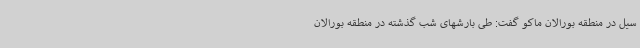
سیل در منطقه بورالان ماکو گفت: طی بارشهای شب گذشته در منطقه بورالان